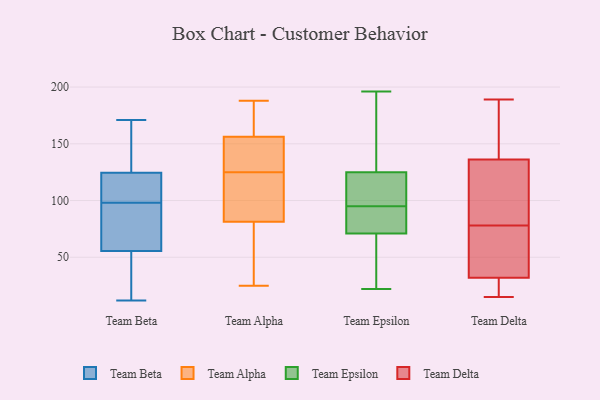
{"axis": {"x": "Satisfaction Score", "y": "Value"}, "legend": ["Team Alpha", "Team Beta", "Team Delta", "Team Epsilon"], "data": [{"x": "", "y": 170, "type": "Team Beta"}, {"x": "", "y": 12, "type": "Team Beta"}, {"x": "", "y": 125, "type": "Team Beta"}, {"x": "", "y": 109, "type": "Team Beta"}, {"x": "", "y": 98, "type": "Team Beta"}, {"x": "", "y": 124, "type": "Team Beta"}, {"x": "", "y": 89, "type": "Team Beta"}, {"x": "", "y": 14, "type": "Team Beta"}, {"x": "", "y": 100, "type": "Team Beta"}, {"x": "", "y": 57, "type": "Team Beta"}, {"x": "", "y": 90, "type": "Team Beta"}, {"x": "", "y": 108, "type": "Team Beta"}, {"x": "", "y": 98, "type": "Team Beta"}, {"x": "", "y": 162, "type": "Team Beta"}, {"x": "", "y": 150, "type": "Team Beta"}, {"x": "", "y": 94, "type": "Team Beta"}, {"x": "", "y": 38, "type": "Team Beta"}, {"x": "", "y": 54, "type": "Team Beta"}, {"x": "", "y": 50, "type": "Team Beta"}, {"x": "", "y": 171, "type": "Team Beta"}, {"x": "", "y": 113, "type": "Team Alpha"}, {"x": "", "y": 155, "type": "Team Alpha"}, {"x": "", "y": 149, "type": "Team Alpha"}, {"x": "", "y": 125, "type": "Team Alpha"}, {"x": "", "y": 25, "type": "Team Alpha"}, {"x": "", "y": 136, "type": "Team Alpha"}, {"x": "", "y": 177, "type": "Team Alpha"}, {"x": "", "y": 58, "type": "Team Alpha"}, {"x": "", "y": 188, "type": "Team Alpha"}, {"x": "", "y": 107, "type": "Team Alpha"}, {"x": "", "y": 179, "type": "Team Alpha"}, {"x": "", "y": 160, "type": "Team Alpha"}, {"x": "", "y": 93, "type": "Team Alpha"}, {"x": "", "y": 79, "type": "Team Alpha"}, {"x": "", "y": 141, "type": "Team Alpha"}, {"x": "", "y": 82, "type": "Team Alpha"}, {"x": "", "y": 34, "type": "Team Alpha"}, {"x": "", "y": 25, "type": "Team Epsilon"}, {"x": "", "y": 94, "type": "Team Epsilon"}, {"x": "", "y": 95, "type": "Team Epsilon"}, {"x": "", "y": 85, "type": "Team Epsilon"}, {"x": "", "y": 100, "type": "Team Epsilon"}, {"x": "", "y": 137, "type": "Team Epsilon"}, {"x": "", "y": 125, "type": "Team Epsilon"}, {"x": "", "y": 153, "type": "Team Epsilon"}, {"x": "", "y": 71, "type": "Team Epsilon"}, {"x": "", "y": 95, "type": "Team Epsilon"}, {"x": "", "y": 97, "type": "Team Epsilon"}, {"x": "", "y": 23, "type": "Team Epsilon"}, {"x": "", "y": 196, "type": "Team Epsilon"}, {"x": "", "y": 22, "type": "Team Epsilon"}, {"x": "", "y": 32, "type": "Team Delta"}, {"x": "", "y": 152, "type": "Team Delta"}, {"x": "", "y": 32, "type": "Team Delta"}, {"x": "", "y": 91, "type": "Team Delta"}, {"x": "", "y": 57, "type": "Team Delta"}, {"x": "", "y": 15, "type": "Team Delta"}, {"x": "", "y": 131, "type": "Team Delta"}, {"x": "", "y": 78, "type": "Team Delta"}, {"x": "", "y": 167, "type": "Team Delta"}, {"x": "", "y": 42, "type": "Team Delta"}, {"x": "", "y": 30, "type": "Team Delta"}, {"x": "", "y": 106, "type": "Team Delta"}, {"x": "", "y": 189, "type": "Team Delta"}, {"x": "", "y": 81, "type": "Team Delta"}, {"x": "", "y": 162, "type": "Team Delta"}, {"x": "", "y": 23, "type": "Team Delta"}, {"x": "", "y": 74, "type": "Team Delta"}]}